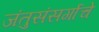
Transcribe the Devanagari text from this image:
जंतुसंसर्गाचे